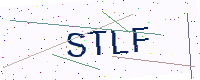
Text: STLF